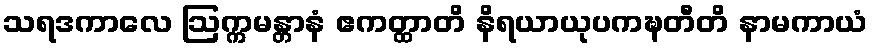
သရဒကာလေ ဩက္ကမန္တာနံ ဧကတ္ထာတိ နိရယာယုပကဍ္ဎတီတိ နာမကာယံ